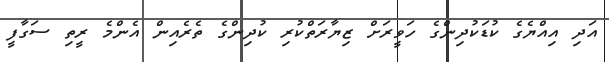
އަދި އިއްޔެގެ ކުޑަކުދިންގެ ހަވީރަށް ޒިޔާރަތްކުރި ކުދިންގެ ތެރެއިން އެންމެ ރީތި ސަގާފީ